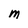
Character: M